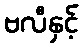
ဗလီနှင့်